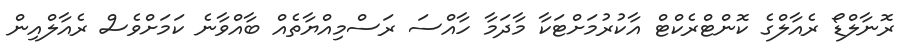
ރޮނާލްޑޯ ރެއާލްގެ ކޮންޓްރެކްޓް އާކުރުމަށްޓަކާ މާދަމާ ހާއްސަ ރަސްމިއްޔާތެއް ބާއްވާނެ ކަމަށްވެސް ރެއާލްއިން